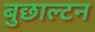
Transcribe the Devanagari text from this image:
बुछाल्टन